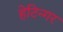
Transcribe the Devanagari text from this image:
हेटिन्गर